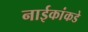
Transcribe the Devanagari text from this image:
नाईकांकडे